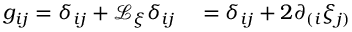
\begin{array} { r l } { g _ { i j } = \delta _ { i j } + \mathcal { L } _ { \xi } \delta _ { i j } } & { { } = \delta _ { i j } + 2 \partial _ { ( i } \xi _ { j ) } } \end{array}